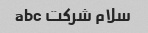
سلام شرکت abc